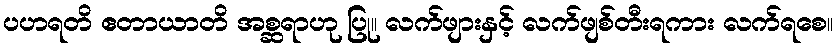
ပဟရတိ ဧတာယာတိ အစ္ဆရာဟု ပြု။ လက်ဖျားနှင့် လက်ဖျစ်တီးရကား လက်ရစေ။